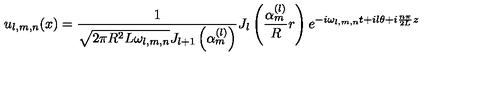
u _ { l , m , n } ( x ) = \frac 1 { \sqrt { 2 \pi R ^ { 2 } L \omega _ { l , m , n } } J _ { l + 1 } \left( \alpha _ { m } ^ { ( l ) } \right) } J _ { l } \left( \frac { \alpha _ { m } ^ { ( l ) } } R r \right) e ^ { - i \omega _ { l , m , n } t + i l \theta + i \frac { n \pi } { 2 L } z }